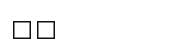
١٥